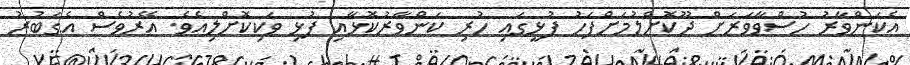
އެކަންވާރު ހުސްވާވަރަށް ދޫކޮށްލުމަށްފަހު ފުޅީގައި ހުރި ކަންވާރުކޮޅާއި ފުޅި ވަކިކޮށްލިއެވެ. އޭރުވެސް އެގަބުރު